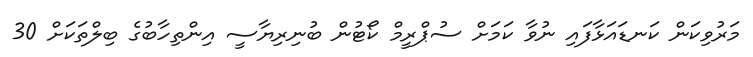
މަރުވިކަން ކަނޑައަޅާފައި ނުވާ ކަމަށް ސުޕްރީމް ކޯޓުން ބުނިރިޔާސީ އިންތިހާބުގެ ބިލްތަކަށް 30